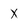
Character: X